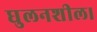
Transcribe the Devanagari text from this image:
घुलनशील।